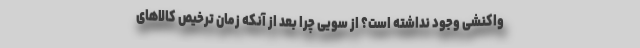
واکنشی وجود نداشته است؟ از سویی چرا بعد از آنکه زمان ترخیص کالاهای